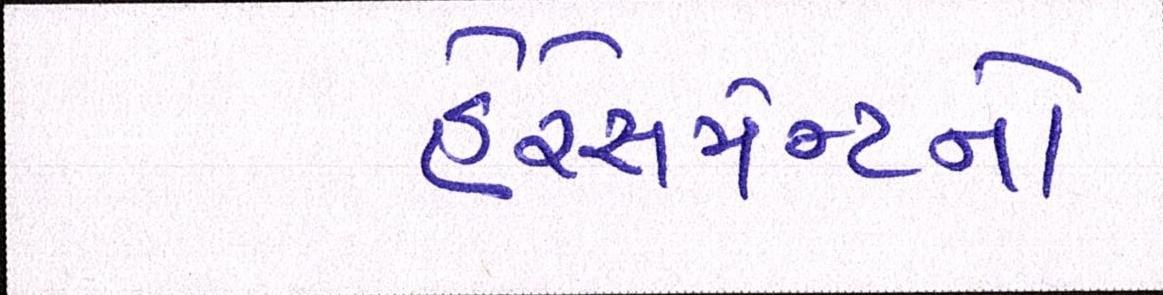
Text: હેરેસમેન્ટનો